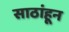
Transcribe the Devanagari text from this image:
साठांहून